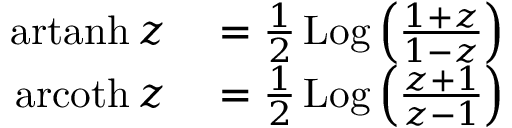
\begin{array} { r l } { \operatorname { a r t a n h } z } & { { } = { \frac { 1 } { 2 } } \operatorname { L o g } \left( { \frac { 1 + z } { 1 - z } } \right) } \\ { \operatorname { a r c o t h } z } & { { } = { \frac { 1 } { 2 } } \operatorname { L o g } \left( { \frac { z + 1 } { z - 1 } } \right) } \end{array}